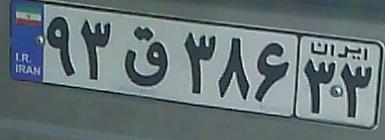
۹۳ق۳۸۶۳۳